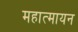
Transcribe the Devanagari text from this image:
महात्मायन